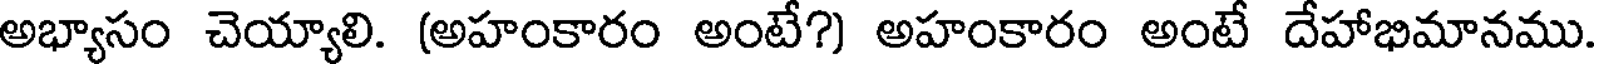
అభ్యాసం చెయ్యాలి. (అహంకారం అంటే?) అహంకారం అంటే దేహాభిమానము